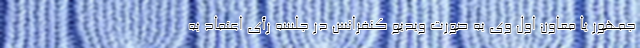
جمهور یا معاون اول وی به صورت ویدیو کنفرانس در جلسه رأی اعتماد به